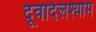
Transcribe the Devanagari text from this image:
दूवार्दलश्यामं